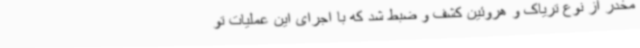
مخدر از نوع تریاک و هروئین کشف و ضبط شد که با اجرای این عملیات تو